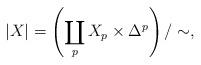
LaTeX: \begin{align*}|X| = \left(\coprod_p X_p \times \Delta^p\right)/\sim,\end{align*}